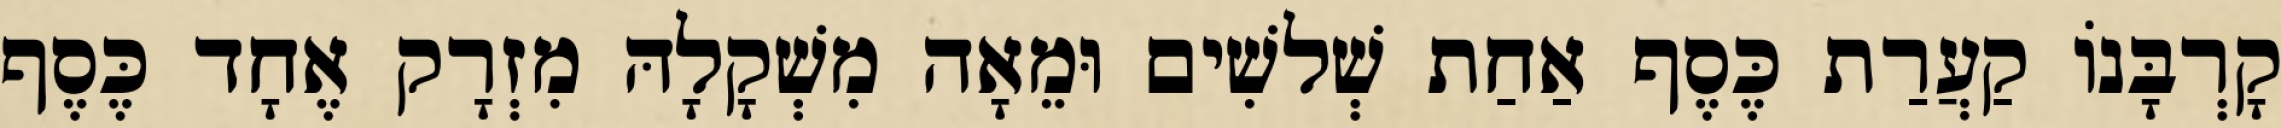
קָרְבָּנוֹ קַעֲרַת כֶּסֶף אַחַת שְׁלשִׁים וּמֵאָה מִשְׁקָלָהּ מִזְרָק אֶחָד כֶּסֶף